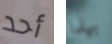
أحد بهذا